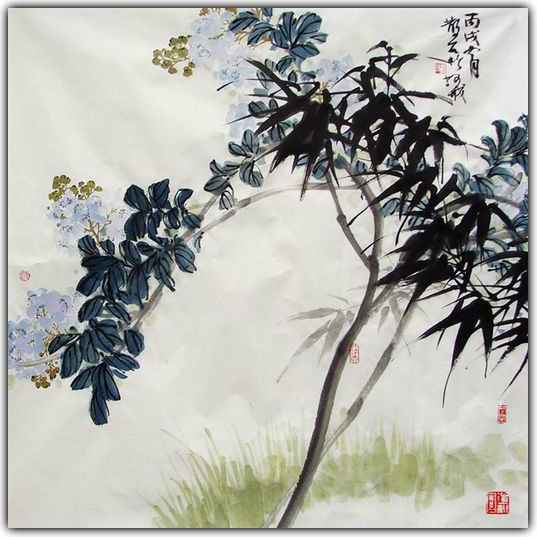
孤舟向广武，一鸟归成皋。